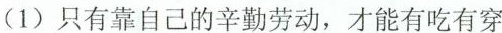
(1)只有靠自己的辛勤劳动，才能有吃有穿